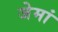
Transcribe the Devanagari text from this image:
जेमां